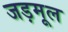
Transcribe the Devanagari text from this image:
जड़मूल